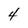
Character: 4